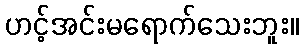
ဟင့်အင်းမရောက်သေးဘူး။